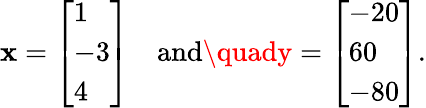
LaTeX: \mathbf{x}={\left[\begin{array}{l}{1}\\ {-3}\\ {4}\end{array}\right]}\quad{\mathrm{{and}}}\quady={\left[\begin{array}{l}{-20}\\ {60}\\ {-80}\end{array}\right]}.